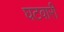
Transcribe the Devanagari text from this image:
घटवारी